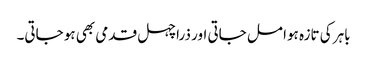
باہر کی تازہ ہوا مل جاتی اور ذرا چہل قدمی بھی ہو جاتی۔